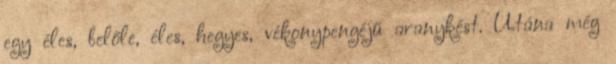
egy éles, belőle, éles, hegyes, vékonypengéjű aranykést. Utána még